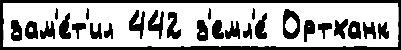
зам'е́т'ил 442 з'емл'е́ Ортханк